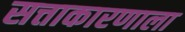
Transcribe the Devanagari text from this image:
सत्ताकारणाला